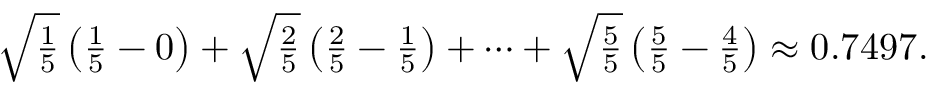
\textstyle { \sqrt { \frac { 1 } { 5 } } } \left( { \frac { 1 } { 5 } } - 0 \right) + { \sqrt { \frac { 2 } { 5 } } } \left( { \frac { 2 } { 5 } } - { \frac { 1 } { 5 } } \right) + \cdots + { \sqrt { \frac { 5 } { 5 } } } \left( { \frac { 5 } { 5 } } - { \frac { 4 } { 5 } } \right) \approx 0 . 7 4 9 7 .